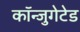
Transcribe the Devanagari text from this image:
कॉन्जुगेटेड